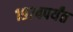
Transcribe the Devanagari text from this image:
१९७४पर्यंत